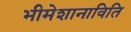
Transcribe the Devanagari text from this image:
भीमेशानाविति